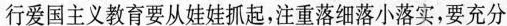
行爱国主义教育要从娃娃抓起，注重落细落小落实，要充分